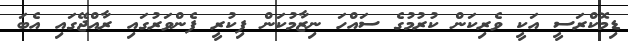
ޑިމޮކްރަސީ އަކީ ވެރިކަން ކުރުމުގެ ސައްހަ ނިޒާމުކަން ފިކުރީ ފެންވަރުގައި ރާއްޖޭގައި އެބަ